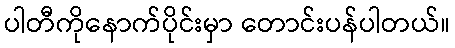
ပါတီကိုနောက်ပိုင်းမှာ တောင်းပန်ပါတယ်။